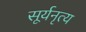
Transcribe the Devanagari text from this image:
सूर्यनृत्य